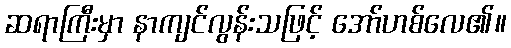
ဆရာကြီးမှာ နာကျင်လွန်းသဖြင့် အော်ဟစ်လေ၏။